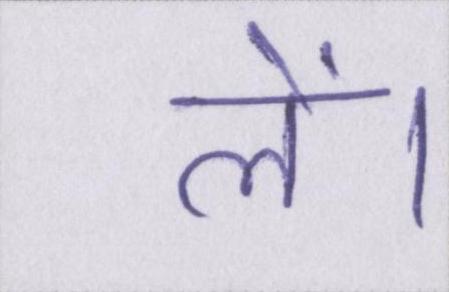
लें।